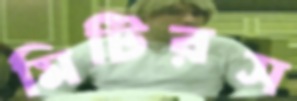
মিটিরস